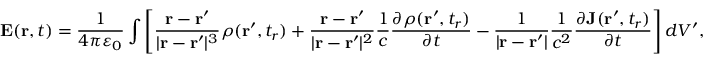
\mathbf { E } ( \mathbf { r } , t ) = { \frac { 1 } { 4 \pi \varepsilon _ { 0 } } } \int \left[ { \frac { \mathbf { r } - \mathbf { r } ^ { \prime } } { | \mathbf { r } - \mathbf { r } ^ { \prime } | ^ { 3 } } } \rho ( \mathbf { r } ^ { \prime } , t _ { r } ) + { \frac { \mathbf { r } - \mathbf { r } ^ { \prime } } { | \mathbf { r } - \mathbf { r } ^ { \prime } | ^ { 2 } } } { \frac { 1 } { c } } { \frac { \partial \rho ( \mathbf { r } ^ { \prime } , t _ { r } ) } { \partial t } } - { \frac { 1 } { | \mathbf { r } - \mathbf { r } ^ { \prime } | } } { \frac { 1 } { c ^ { 2 } } } { \frac { \partial \mathbf { J } ( \mathbf { r } ^ { \prime } , t _ { r } ) } { \partial t } } \right] d V ^ { \prime } ,